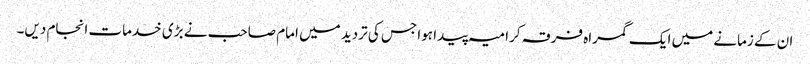
ان کے زمانے میں ایک گمراہ فرقہ کرامیہ پیدا ہوا جس کی تردید میں امام صاحب نے بڑی خدمات انجام دیں۔